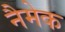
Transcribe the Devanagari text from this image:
नैमेक